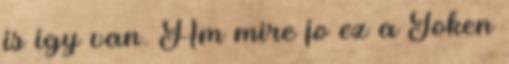
is igy van. Am mire jo ez a Token